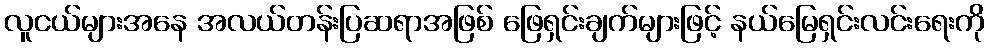
လူငယ်များအနေ အလယ်တန်းပြဆရာအဖြစ် ဖြေရှင်းချက်များဖြင့် နယ်မြေရှင်းလင်းရေးကို